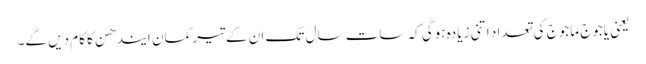
یعنی یاجوج ماجوج کی تعداد اتنی زیادہ ہوگی کہ سات سال تک ان کےتیر کمان ایندھن کا کام دیں گے۔